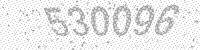
Solution: 530096